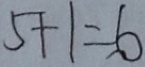
5 + 1 = 6